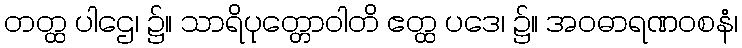
တတ္ထ ပါဌေ၊ ၌။ သာရိပုတ္တောဝါတိ ဧတ္ထ ပဒေ၊ ၌။ အဝဓာရဏဝစနံ၊